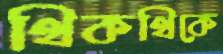
থিকথিকে